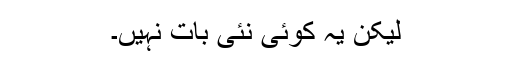
لیکن یہ کوئی نئی بات نہیں۔